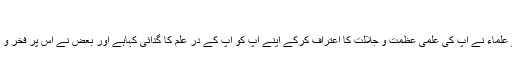
(٤)
اسی طرح بہت سے علماء نے آپ کی علمی عظمت و جلالت کا اعتراف کرکے اپنے آپ کو آپ کے در علم کا گدائی کہاہے اور بعض نے اس پر فخر و مباہات بھی کیاہے ۔